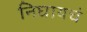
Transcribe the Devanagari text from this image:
निघायचं